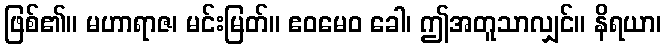
ဖြစ်၏။ မဟာရာဇ၊ မင်းမြတ်။ ဧဝမေဝ ခေါ၊ ဤအတူသာလျှင်။ နိရယာ၊